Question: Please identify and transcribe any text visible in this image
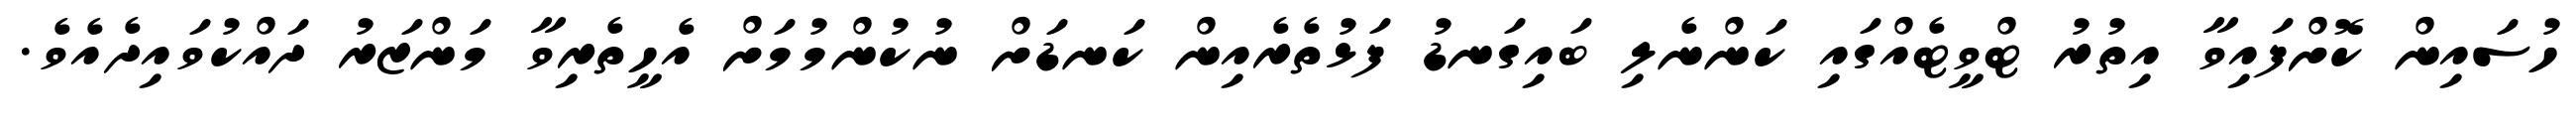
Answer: ހުސައިން ކޮށްފައިވާ އިތުރު ޓްވީޓެއްގައި ކަންނެލި ބައިގަނޑު ފަޅުތެރެއިން ކަނޑަށް ނުކުންމުމަށް އެހީތެރިވާ މަންޒަރު ދައްކުވައިދެއެވެ.